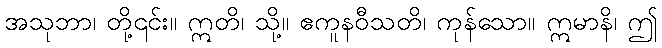
အသုဘာ၊ တို့၎င်း။ ဣတိ၊ သို့။ ဧကူနဝီသတိ၊ ကုန်သော။ ဣမာနိ၊ ဤ